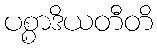
ပစ္စာဒိယတီတိ